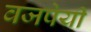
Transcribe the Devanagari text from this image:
वजपेयी